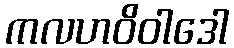
ကလဟဝိဝါဒေါ